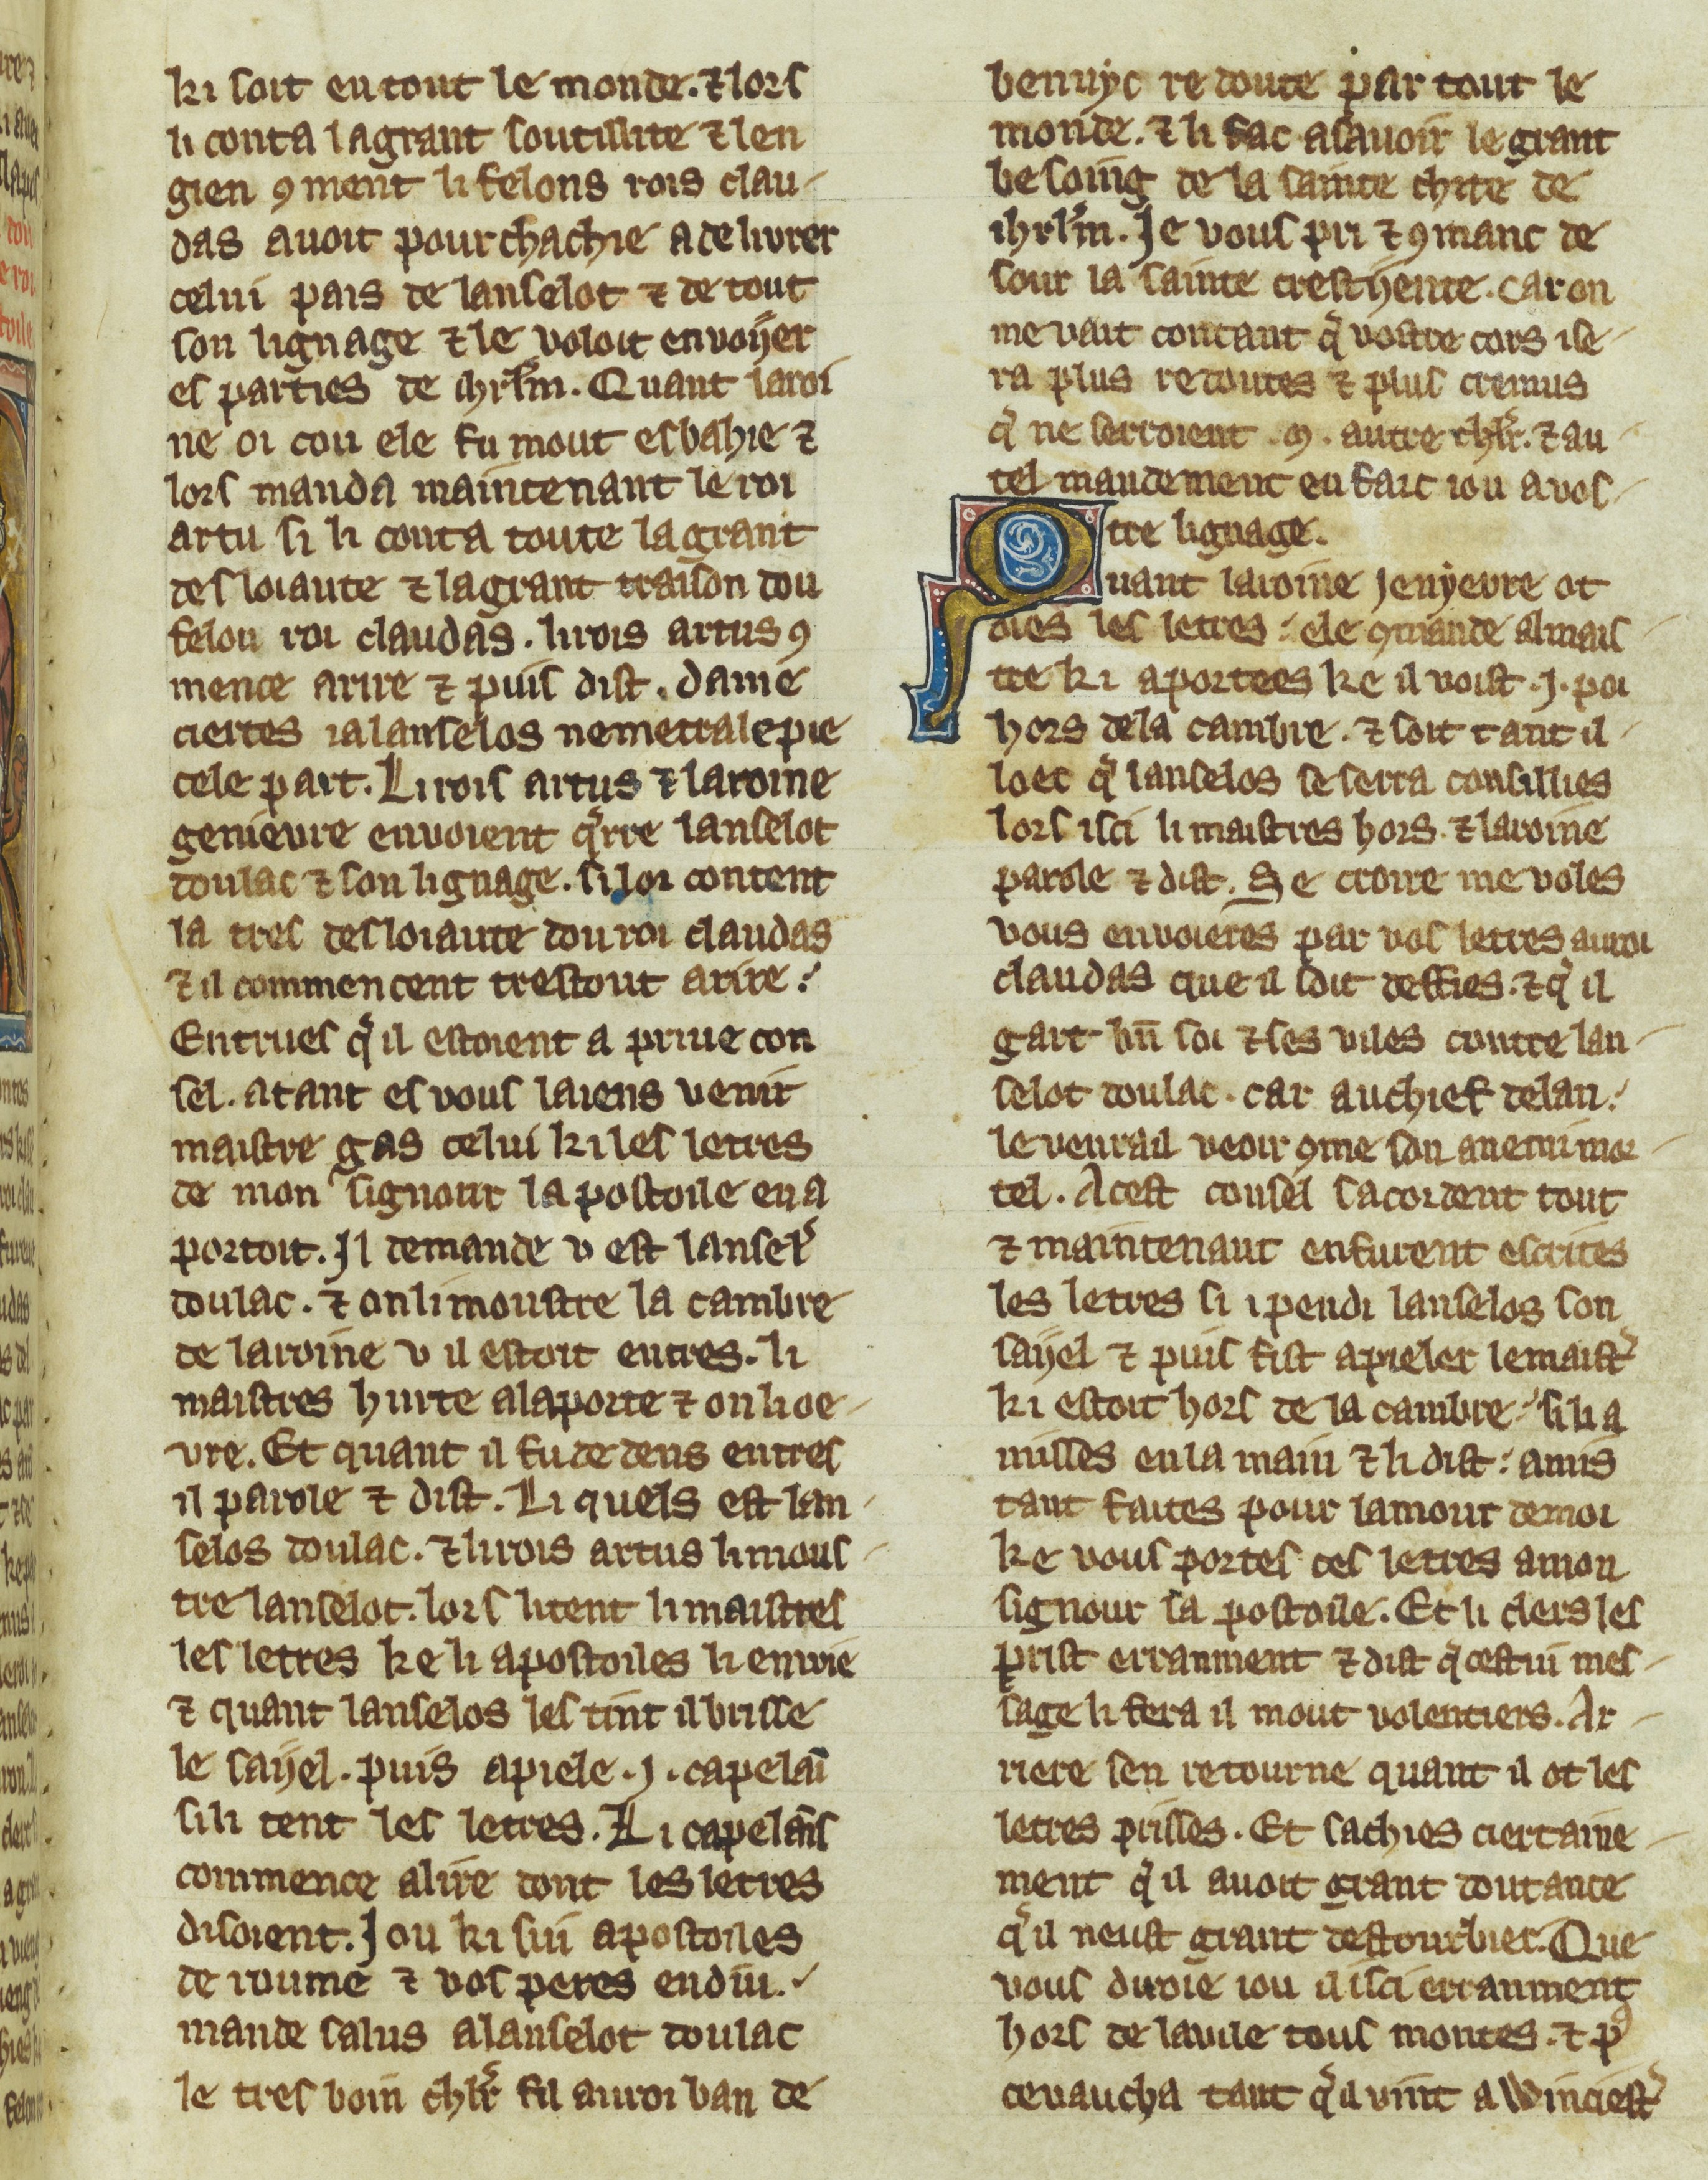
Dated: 1300–1330